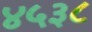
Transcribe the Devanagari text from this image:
४५३८